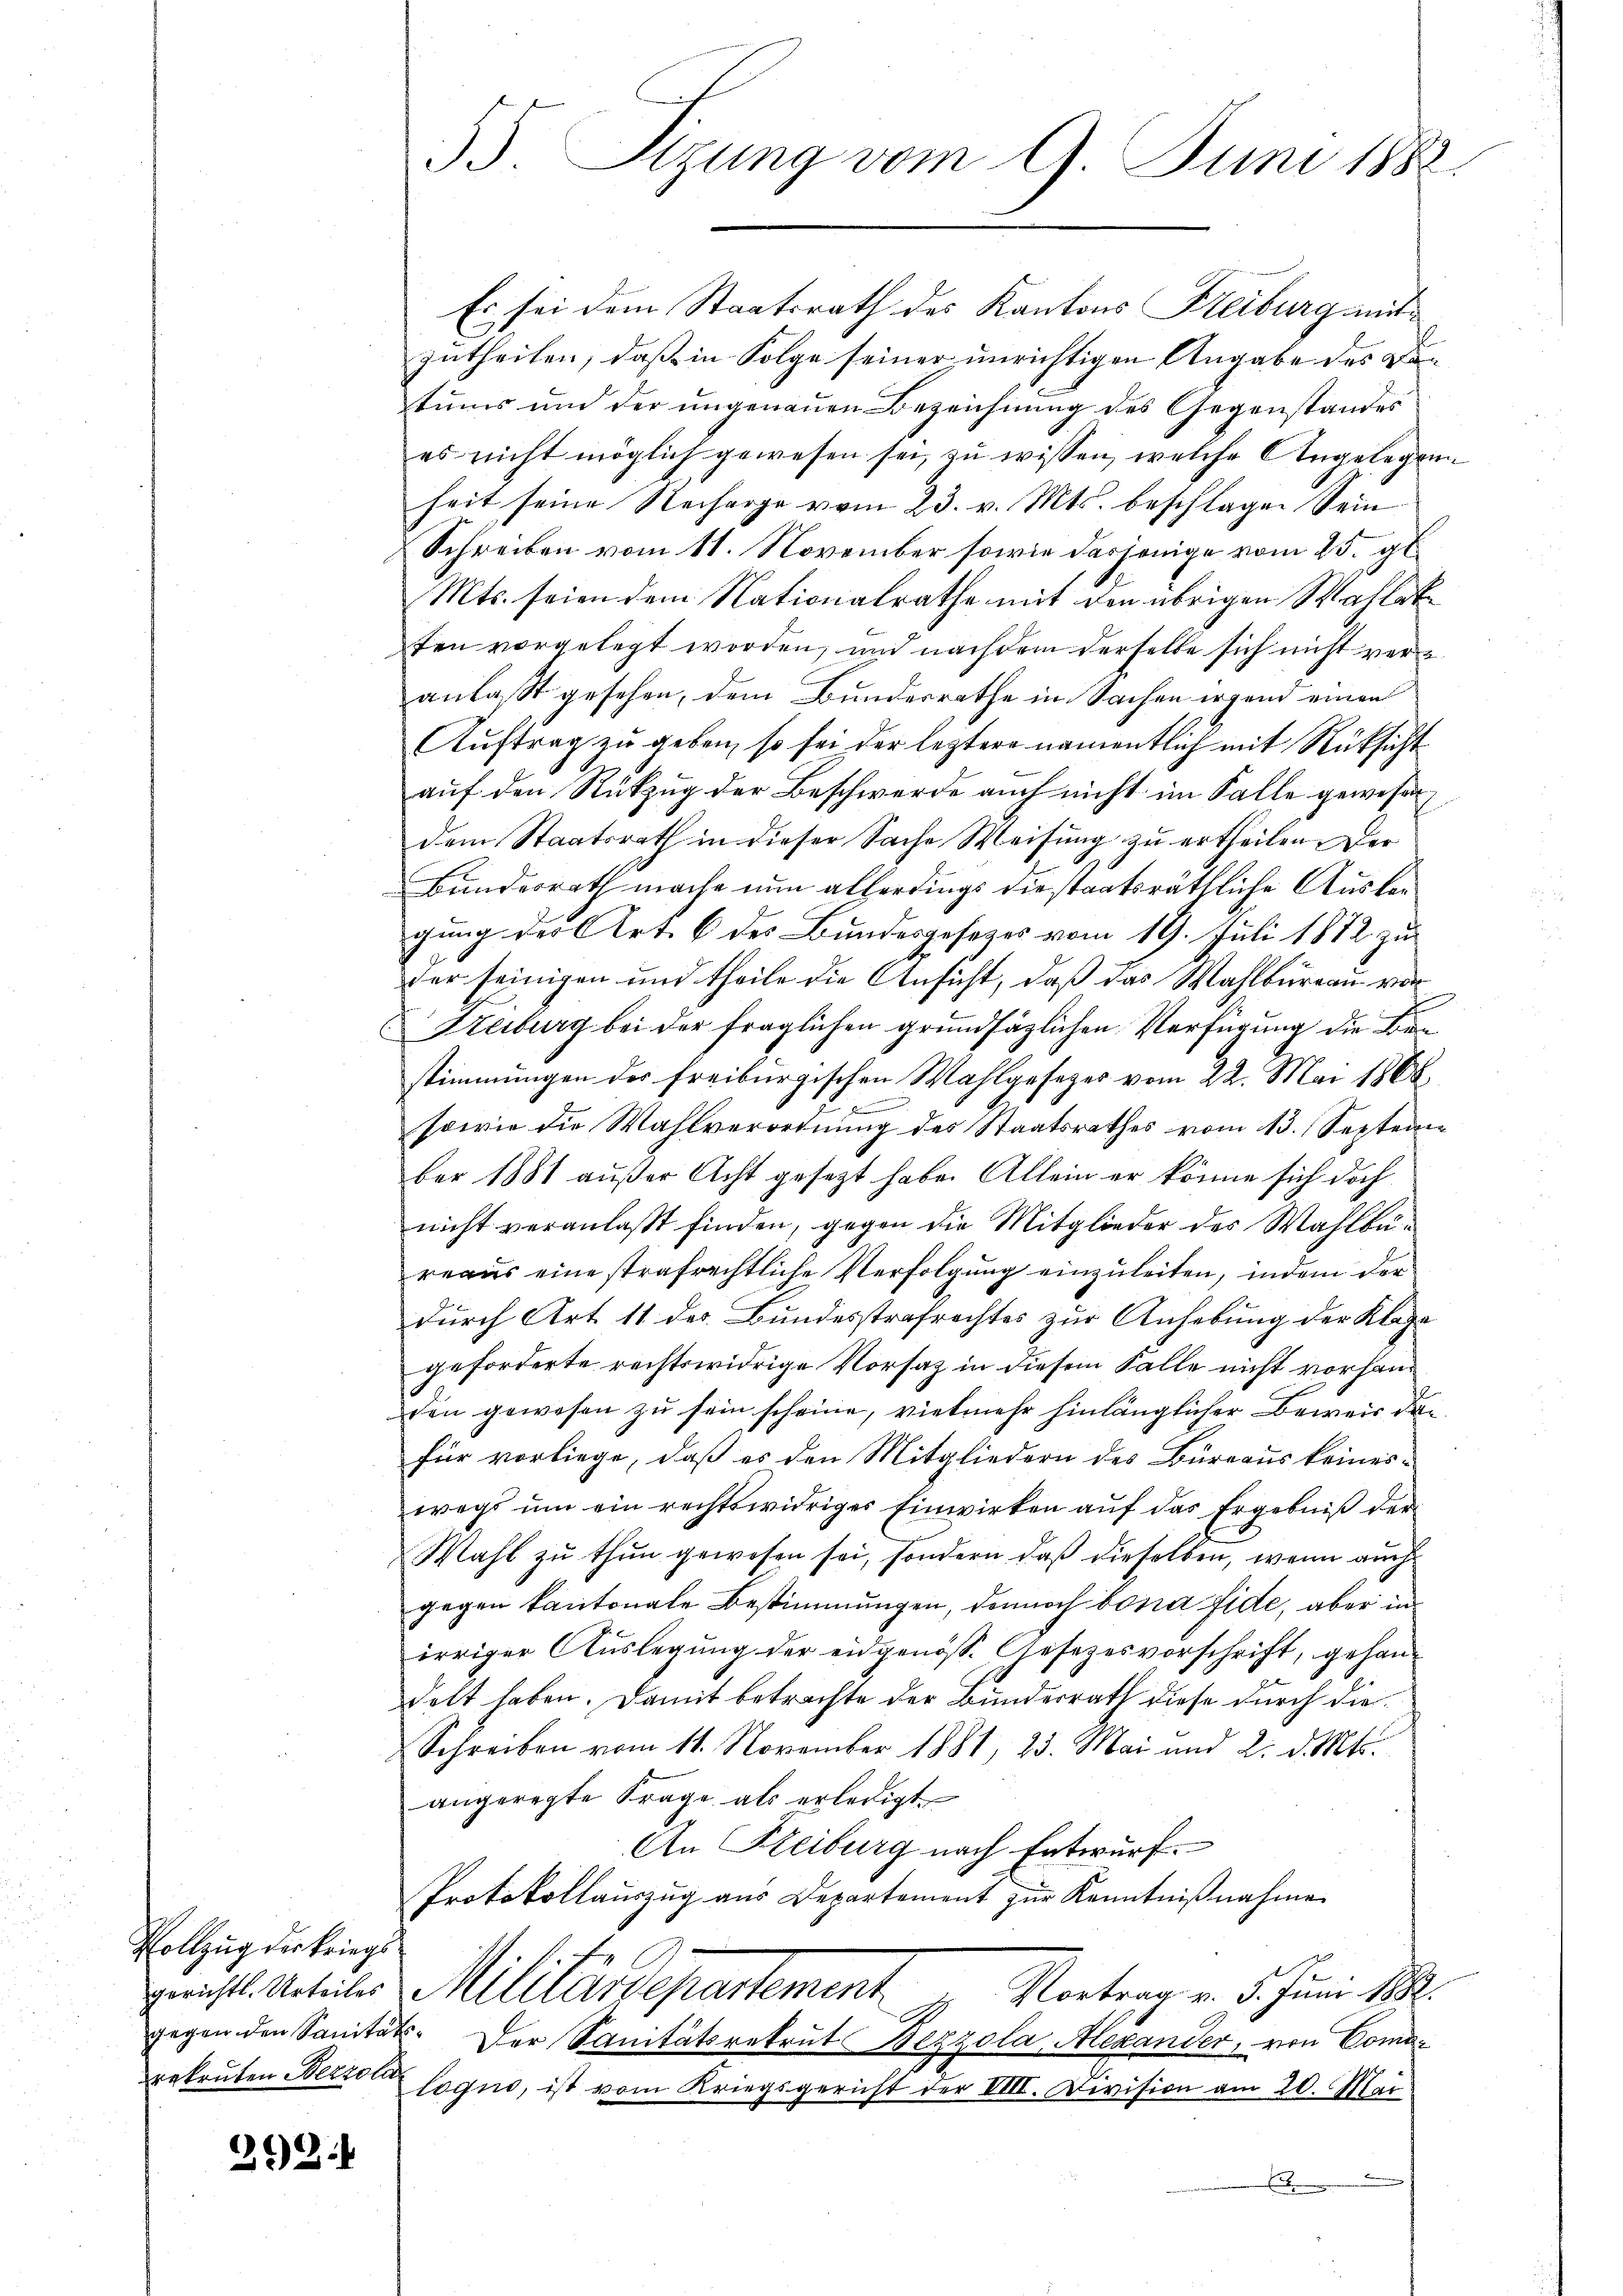
Vollzug der Kriegs

292.

35. Sizung vom 9. Juni 1882.

Es sei dem Staatsrath des Kantons Freiburg mitzutheilen, daß in Folge seiner unrichtigen Angabe des Betums und der ungenauen Bezeichnung des Gegenstandes
es nicht möglich gewesen sei, zu wissen, welche Angelegeng
heit seine Recharge vom 23. v. Mts. beschlagen Sein
Schreiben vom 11. November sowie dasjenige vom 25. gl.
Mts. seien dem Nationalrathe mit den übrigen Wahletten vorgelegt worden, und nachdem derselbe sich nicht veranlaßt gesehen, dem Bundesrathe in Sachen irgend einen
Auftrag zu geben, so sei der leztere namentlich mit Rücksicht
auf den Rückzug der Beschwerde auch nicht im Falle gewesen,
dem Staatsrath in dieser Sache Weisung zu ertheilen. Der
Bundesrath mache nun allerdings die staatsräthliche Auslagung der Art. 6 des Bundesgesezes vom 19. Juli 1872 zu
der seinigen und theile die Ansicht, daß das Wahlbureau vor
Freiburg bei der fraglichen grundsätzlichen Verfügung die Be
stimmungen des Freiburgischen Wahlgesezes vom 22. Mai 1868.
sowie die Wahlverordnung des Staatsrathes vom 13. Septem
ber 1881 außer Acht gesetzt habe. Allein er könne sich doch
nicht veranlaßt finden, gegen die Mitglieder des Wahlbareaus eine strafrechtliche Verfolgung einzuleiten, indem der
durch Art. 11 des Bundesstrafrechtes zur Anhebung der Klage
geforderte rechtswidrige Vorsatz in diesem Falle nicht vorhanden gewesen zu sein scheine, vielmehr hinlänglicher Beweis den
für vorliege, daß es den Mitgliedern des Büreaus keineswegs ŭm ein rechtswidriger Einwirken aŭf das Ergebniß der
Mahl zu thun gewesen sei, sondern daß dieselben, wenn auch
gegen kantonale Bestimmungen, dennoch bona fide, aber in
irriger Auslegung der eidgenöss. Gesetzesvorschrift, gehandelt haben. Damit betrachte der Bundesrath diese durch die¬
Schreiben vom 11. November 1881, 23. Mai und 2. d. Mts.
angeregte Frage als erledigt
An Freiburg nach Entwurf.
Protokollauszug aus Departement zur Kenntnißnahme
Gerichtl. Anteiler Militärdepartement.  ..  Vortrag v. 5. Juni 188.
gegen den Sanitäts- Der Sanitätsrekrut Bezzola, Alexander, von Comarekruten Wetter sogno, ist vom Kriegsgericht der VIII. Division am 20. Mai
.